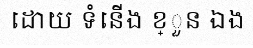
ដោយ ទំនើង ខ្ួន ឯង